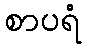
စာပရံ